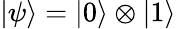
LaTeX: \left|\psi\right\rangle=\left|0\right\rangle\otimes\left|1\right\rangle